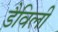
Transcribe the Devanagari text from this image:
डैविली